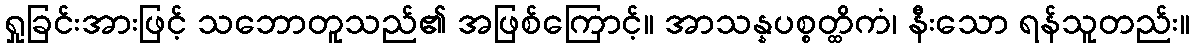
ရှုခြင်းအားဖြင့် သဘောတူသည်၏ အဖြစ်ကြောင့်။ အာသန္နပစ္စတ္ထိကံ၊ နီးသော ရန်သူတည်း။